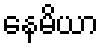
နေမိယာ